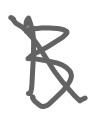
Text: B
Cross-out: diagonal
Writing tool: digital_gray